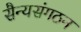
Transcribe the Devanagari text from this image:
सैन्यसंगठन